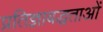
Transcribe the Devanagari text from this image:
प्रतिज्ञाबद्धताओं